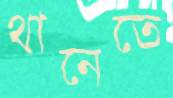
থানেতে